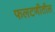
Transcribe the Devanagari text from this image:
फलटणीतील